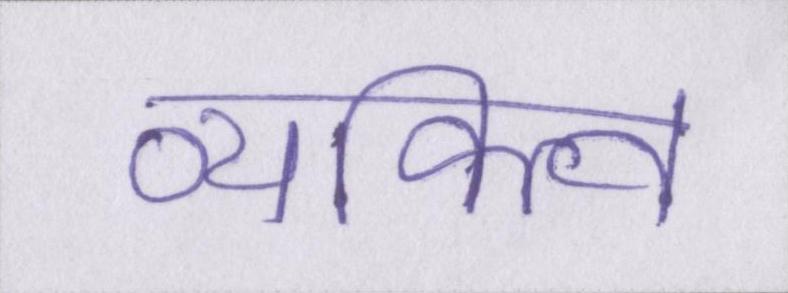
व्यक्त्वि